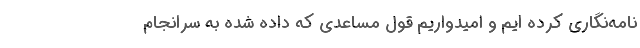
نامه‌نگاری کرده ایم و امیدواریم قول مساعدی که داده شده به سرانجام